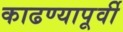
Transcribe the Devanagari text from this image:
काढण्यापूर्वी